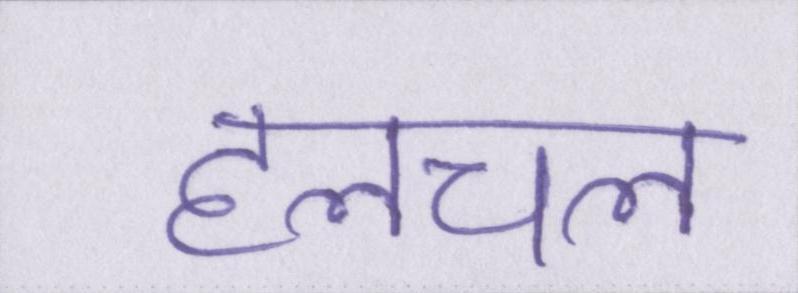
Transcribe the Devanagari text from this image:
हलचल